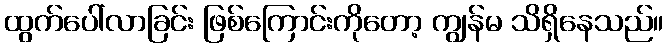
ထွက်ပေါ်လာခြင်း ဖြစ်ကြောင်းကိုတော့ ကျွန်မ သိရှိနေသည်။